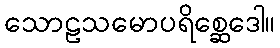
သောဠသမောပရိစ္ဆေဒေါ။